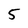
Character: 5